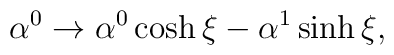
\alpha^0\rightarrow \alpha^0 \cosh\xi-\alpha^1\sinh\xi,